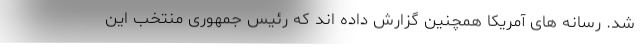
شد. رسانه های آمریکا همچنین گزارش داده اند که رئیس جمهوری منتخب این